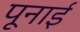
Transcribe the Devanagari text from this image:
पूनाई